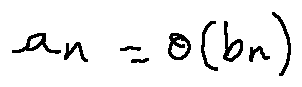
a _ { n } = o ( b _ { n } )